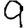
Digit: 9